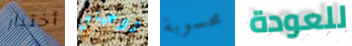
أختبار ودعيني محسوبة للعودة